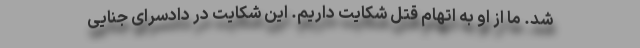
شد. ما از او به اتهام قتل شکایت داریم. این شکایت در دادسرای جنایی